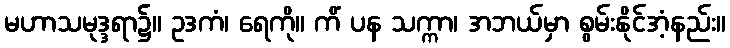
မဟာသမုဒ္ဒရာ၌။ ဥဒကံ၊ ရေကို။ ကိံ ပန သက္ကာ၊ အဘယ်မှာ စွမ်းနိုင်အံ့နည်း။